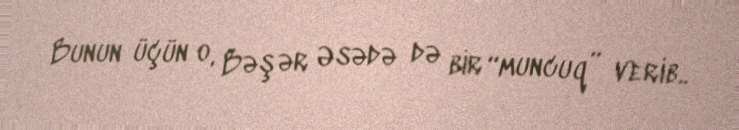
Bunun üçün o, Bəşər Əsədə də bir “muncuq” verib..